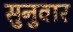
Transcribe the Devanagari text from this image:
सुनुवार